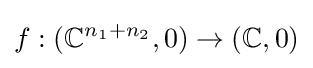
f:(\mathbb {C} ^{n_{1}+n_{2}},0)\to (\mathbb {C} ,0)